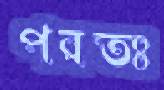
পরতঃ